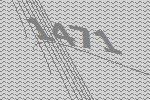
1471